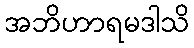
အဘိဟာရမဒါသိ